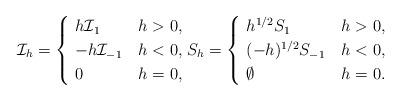
LaTeX: \begin{align*}\mathcal{I}_{h}=\begin{cases}\ h \mathcal{I}_{1} &h>0, \\\ -h \mathcal{I}_{-1} &h<0,\\\ 0 &h=0,\end{cases}S_{h}=\begin{cases}\ h^{1/2} S_{1} &h>0, \\\ (-h)^{1/2} S_{-1} &h<0,\\\ \emptyset &h=0.\end{cases}\end{align*}